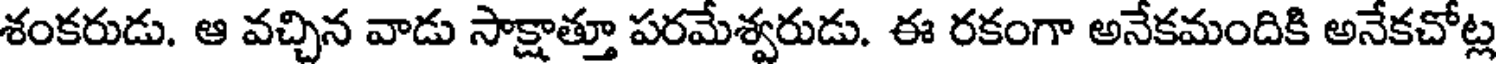
శంకరుడు. ఆ వచ్చిన వాడు సాక్షాత్తూ పరమేశ్వరుడు. ఈ రకంగా అనేకమందికి అనేకచోట్ల